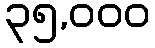
၃၅,၀၀၀